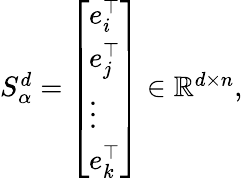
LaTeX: \begin{array}{r}{S_{\alpha}^{d}=\left[\begin{array}{l}{e_{i}^{\top}}\\ {e_{j}^{\top}}\\ {\vdots}\\ {e_{k}^{\top}}\end{array}\right]\in\mathbb{R}^{d\times n},}\end{array}